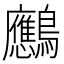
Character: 𪈠